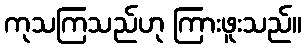
ကုသကြသည်ဟု ကြားဖူးသည်။